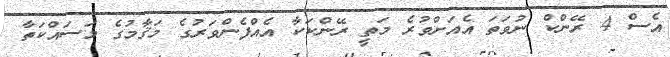
އެސް 4 ރޭންކް ނުވަތަ އެއަށްވުރެ މަތީ ރޭންކަކާ އެއްފެންވަރުގެ މަޤާމުގެ މަސައްކަތާ